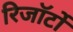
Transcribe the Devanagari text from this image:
रिजॉर्टों